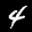
Label: 4